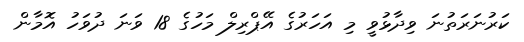
ކަރުނަރަތުނަ ވިދާޅުވީ މި އަހަރުގެ އޭޕްރިލް މަހުގެ 18 ވަނަ ދުވަހު އޮމާން